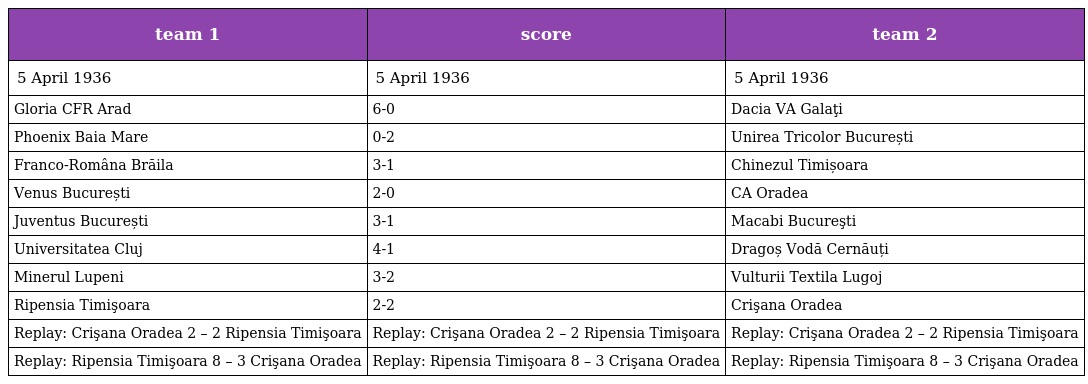
| team 1 | score | team 2 |
 | --- | --- | --- |
 | 5 April 1936 | 5 April 1936 | 5 April 1936 |
 | Gloria CFR Arad | 6-0 | Dacia VA Galaţi |
 | Phoenix Baia Mare | 0-2 | Unirea Tricolor București |
 | Franco-Româna Brăila | 3-1 | Chinezul Timișoara |
 | Venus București | 2-0 | CA Oradea |
 | Juventus București | 3-1 | Macabi Bucureşti |
 | Universitatea Cluj | 4-1 | Dragoș Vodă Cernăuți |
 | Minerul Lupeni | 3-2 | Vulturii Textila Lugoj |
 | Ripensia Timişoara | 2-2 | Crişana Oradea |
 | Replay: Crişana Oradea 2 – 2 Ripensia Timişoara | Replay: Crişana Oradea 2 – 2 Ripensia Timişoara | Replay: Crişana Oradea 2 – 2 Ripensia Timişoara |
 | Replay: Ripensia Timişoara 8 – 3 Crişana Oradea | Replay: Ripensia Timişoara 8 – 3 Crişana Oradea | Replay: Ripensia Timişoara 8 – 3 Crişana Oradea |